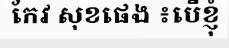
កែវ សុខផេង ៖បើខ្ញុំ